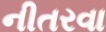
નીતરવા